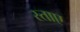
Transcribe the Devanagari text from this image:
स्ताए